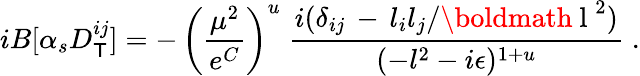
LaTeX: iB[\alpha_{s}D_{\mathsf{T}}^{ij}]=-\, \left({\frac{{\mu^{2}}}{{e^{C}}}}\right)^{u}\; {\frac{{i(\delta_{ij}\, -\, l_{i}l_{j}/\mathrm{{\boldmath~l~}}^{2})}}{{(-l^{2}-i\epsilon)^{1+u}}}}\; .